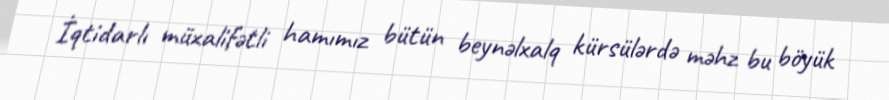
İqtidarlı müxalifətli hamımız bütün beynəlxalq kürsülərdə məhz bu böyük